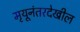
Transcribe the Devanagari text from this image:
मृयूनंतरदेखील